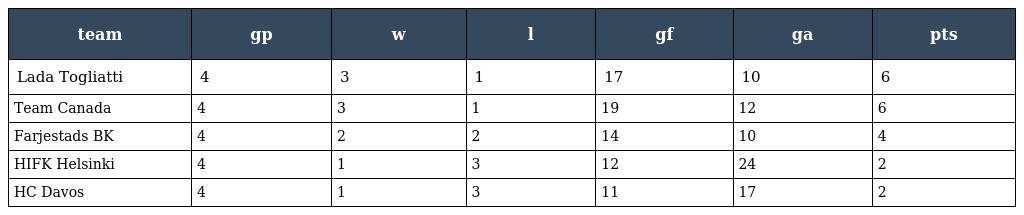
| team | gp | w | l | gf | ga | pts |
 | --- | --- | --- | --- | --- | --- | --- |
 | Lada Togliatti | 4 | 3 | 1 | 17 | 10 | 6 |
 | Team Canada | 4 | 3 | 1 | 19 | 12 | 6 |
 | Farjestads BK | 4 | 2 | 2 | 14 | 10 | 4 |
 | HIFK Helsinki | 4 | 1 | 3 | 12 | 24 | 2 |
 | HC Davos | 4 | 1 | 3 | 11 | 17 | 2 |